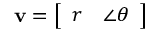
\mathbf { v } = \left[ { \begin{array} { l l } { r } & { \angle \theta } \end{array} } \right]